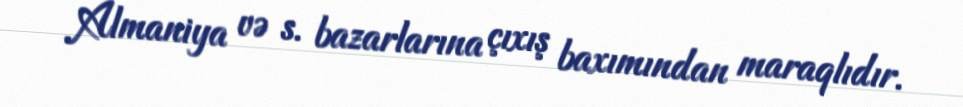
Almaniya və s. bazarlarına çıxış baxımından maraqlıdır.